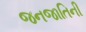
જનજાતિની